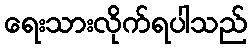
ရေးသားလိုက်ရပါသည်